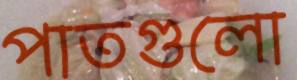
পাতগুলো